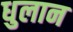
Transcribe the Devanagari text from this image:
धुलान